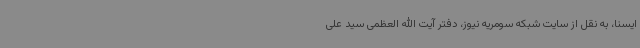
ایسنا، به نقل از سایت شبکه سومریه نیوز، دفتر آیت الله العظمی سید علی